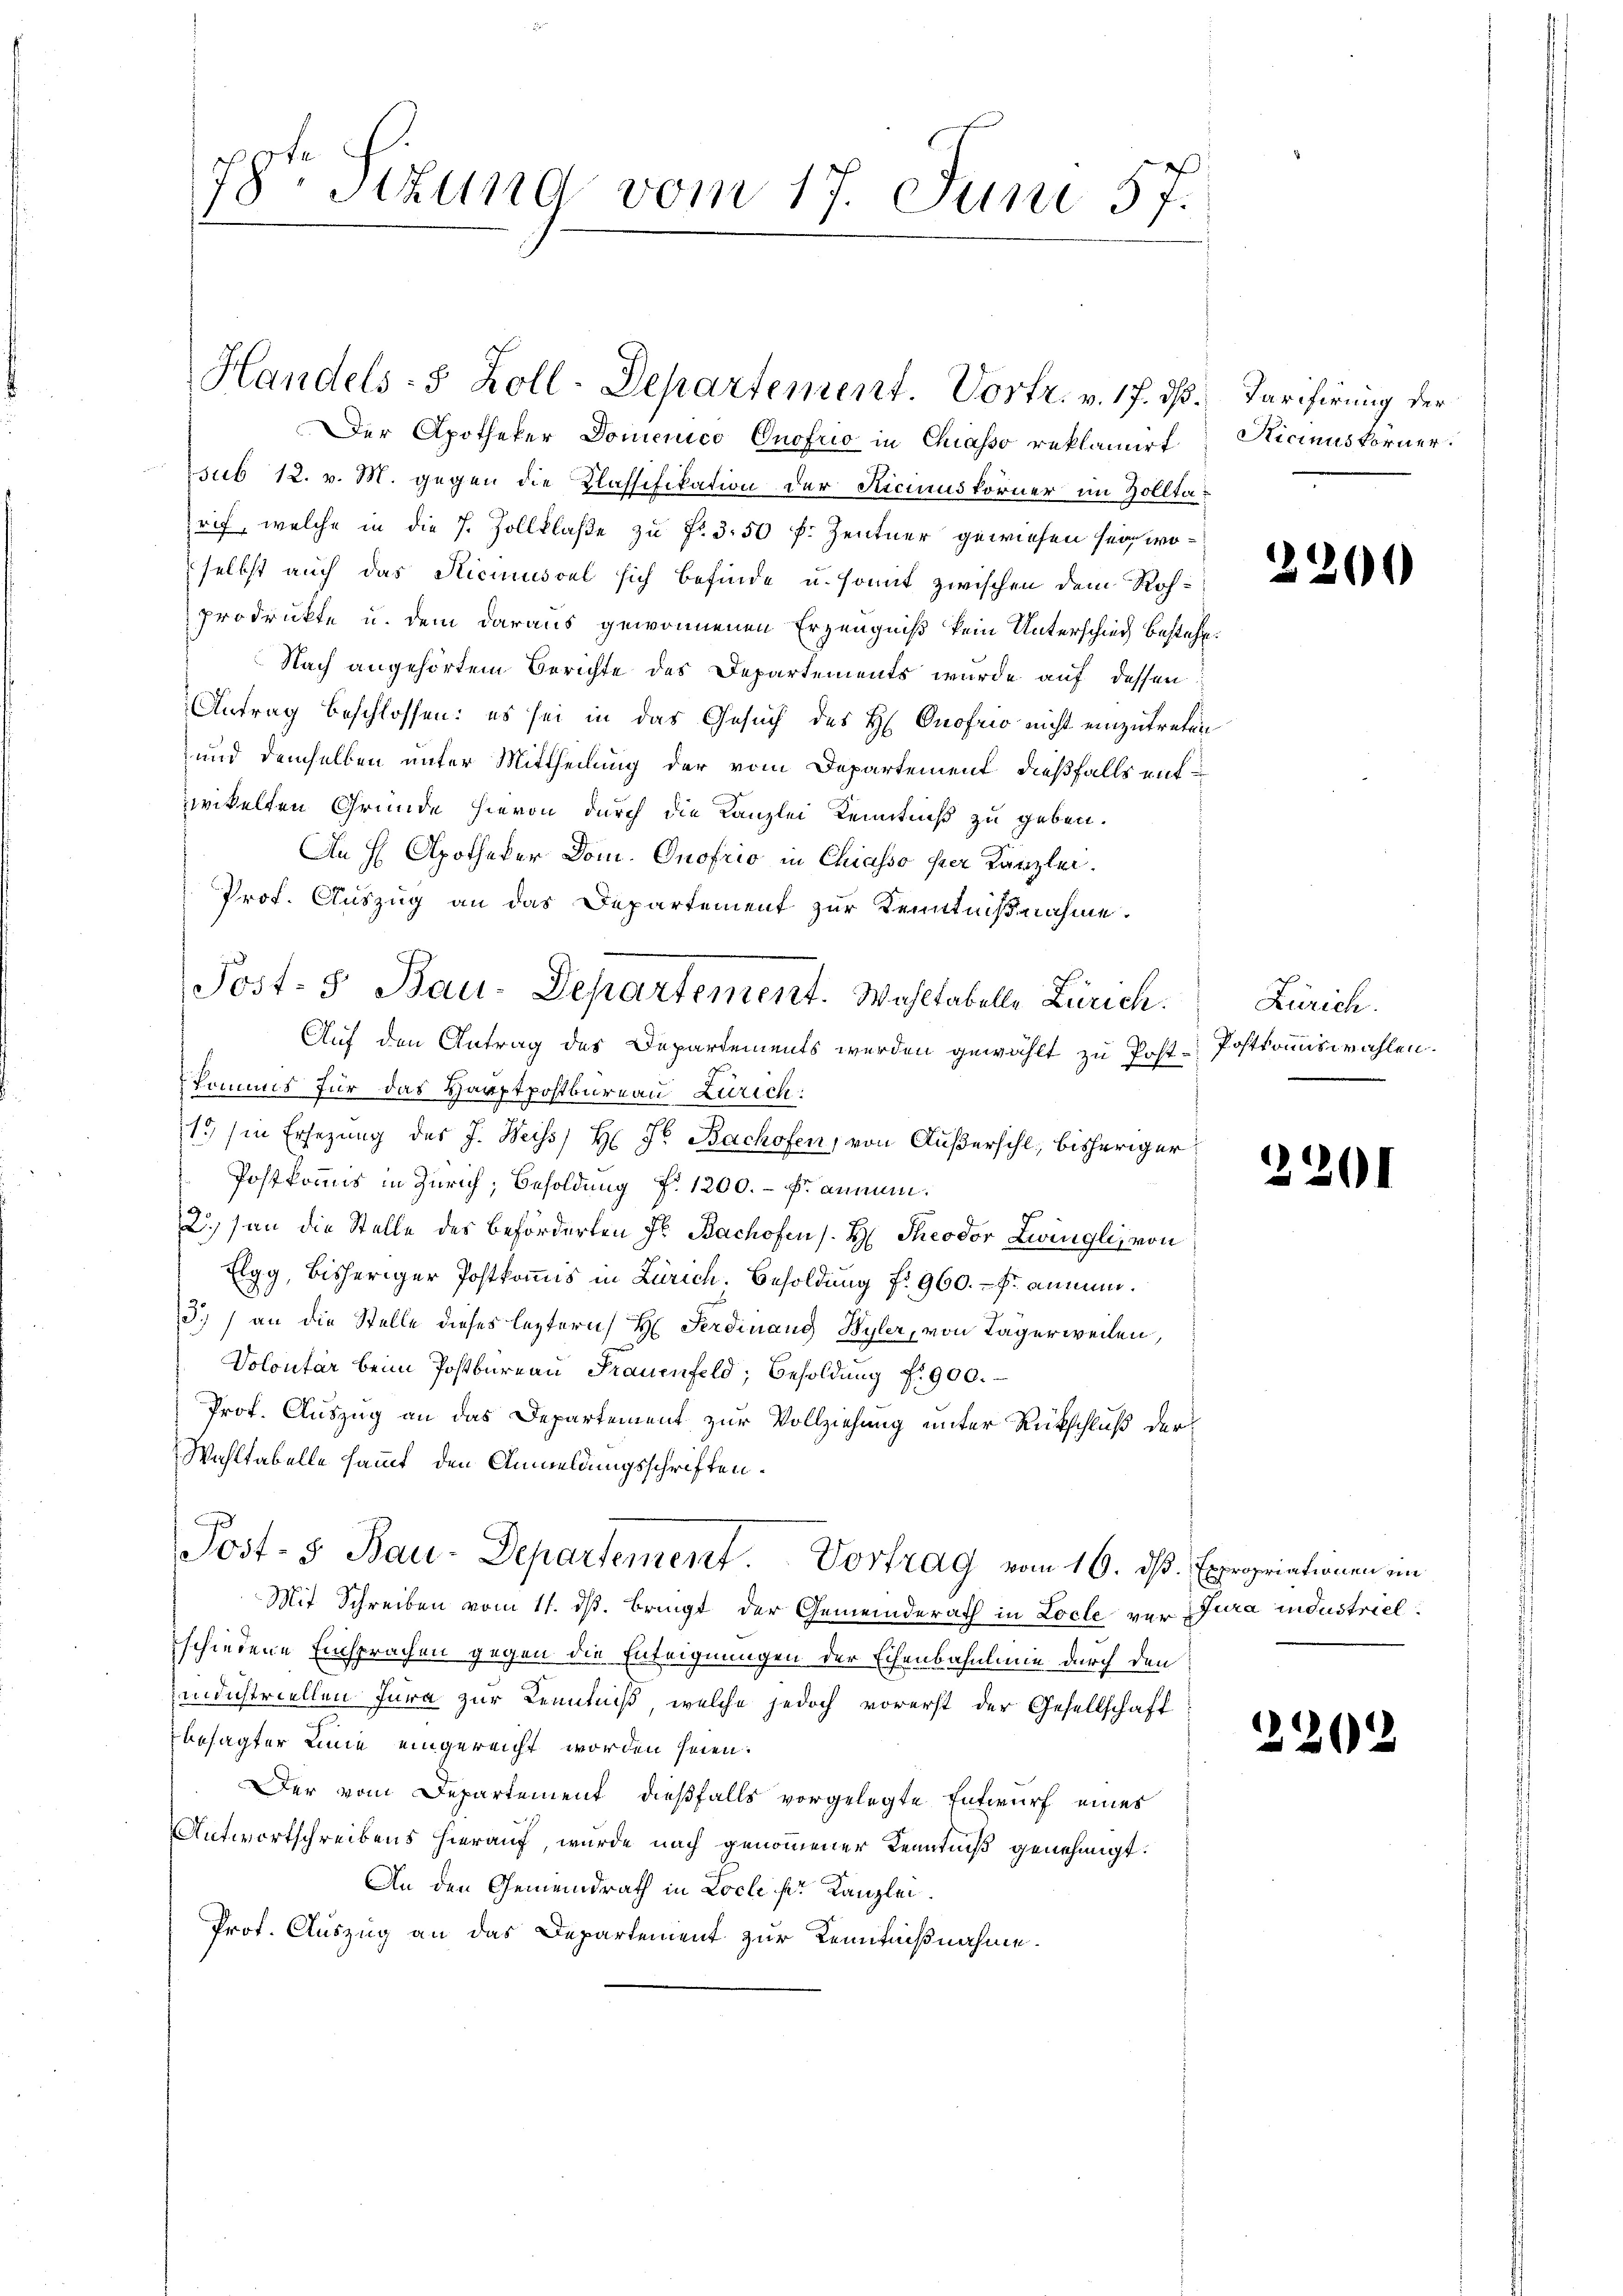
78te Sizung vom 17. Juni 57.

Der Apotheker Domenico Onofrio in Chiasso reklamirt
sub 12. v. M. gegen die Klassifikation der Ricimuskörner im Zolltarif, welche in die 7. Zollklaße zu Fr. 350 fr. Zentner gewiesen sei, woselbst auch das Hicimusoel sich befinde u. somit zwischen dem Rohprodruckte u. dem daraus gewonnenen Erzeugniß kein Unterschied bestehe.
Nach angehörtem Berichte des Departements wurde auf dessen
Antrag beschlossen: es sei in das Gesuch des H Onofrio nicht einzutreten
und demselben unter Mittheilung der vom Departement, dießfalls mitwittelten Grunde hievon durch die Kanzlei Kenntniß zu geben.
An H Apotheker Dom. Onofrio in Chiasso per Kanzlei.
Prof. Auszug an das Departement zur Kenntnißnahme.
Auf den Antrag des Departements werden gewählt zu Post-Posttonnswahlen.
kommis für das Hauptpostbureau Zürich:
19 (in Ersezung des J. Weiss H: Fr. Bachofen, von Außersihl, bisheriger
Postkommis in Zürich, Besoldung Nr 1200. - Er annen.
2.) an die Stelle des beförderten Fr. Bachofen s. H. Theodor Zwingli, von
Elgg, bisheriger Postkommis in Zürich. Besoldung fr. 960. - Fr. anmun¬
3.) an die Stelle dieses leztern H. Ferdinand Hyler, von Tägerweilen,
Volontär beim Postbureau Frauenfeld, Besoldung f. 900.
Prof. Auszug an das Departement zur Vollziehung unter Rückschluß der
Wahltabelle sammt, den Anmeldungsschriften.
Post-3 Bau-Departement. Vortrag vom 16. ds. Expropriationen im
Mit Schreiben vom 11. ds. bringt der Gemeinderath in Locle ver Jura industriel
schiedene Einsprachen gegen die Enteignungen der Eisenbahnlinie durch den
industriellen Jura zur Kenntniß, welche jedoch vorerst der Gesellschaft
besagter Linie eingereicht worden seien.
Der vom Departement dießfalls vorgelegte Entwurf eines
Antwortschreibens hierauf, wurde nach genommener Kenntniß genehmigt.
An den Gemeindrath in Loche ser Kanzlei.
Prof. Auszug an das Departement zur Kenntnißnahme.

Post- 5 Bau-Departement. Wahltabelle Zürich.

Handels- 8 Zoll-Departement. Vortr. v. 17. ds.

Tarifirung der
Nicimus korner

2200

Zürich.

2201

22